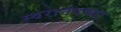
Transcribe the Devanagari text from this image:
स्वरानंदच्या